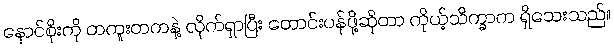
နောင်စိုးကို တကူးတကနဲ့ လိုက်ရှာပြီး တောင်းပန်ဖို့ဆိုတာ ကိုယ့်သိက္ခာက ရှိသေးသည်။